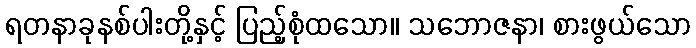
ရတနာခုနစ်ပါးတို့နှင့် ပြည့်စုံထသော။ သဘောဇနာ၊ စားဖွယ်သော